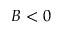
B < 0